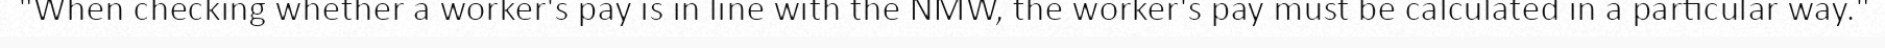
"When checking whether a worker's pay is in line with the NMW, the worker's pay must be calculated in a particular way."